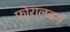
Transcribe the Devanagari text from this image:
फोरालबर्ग